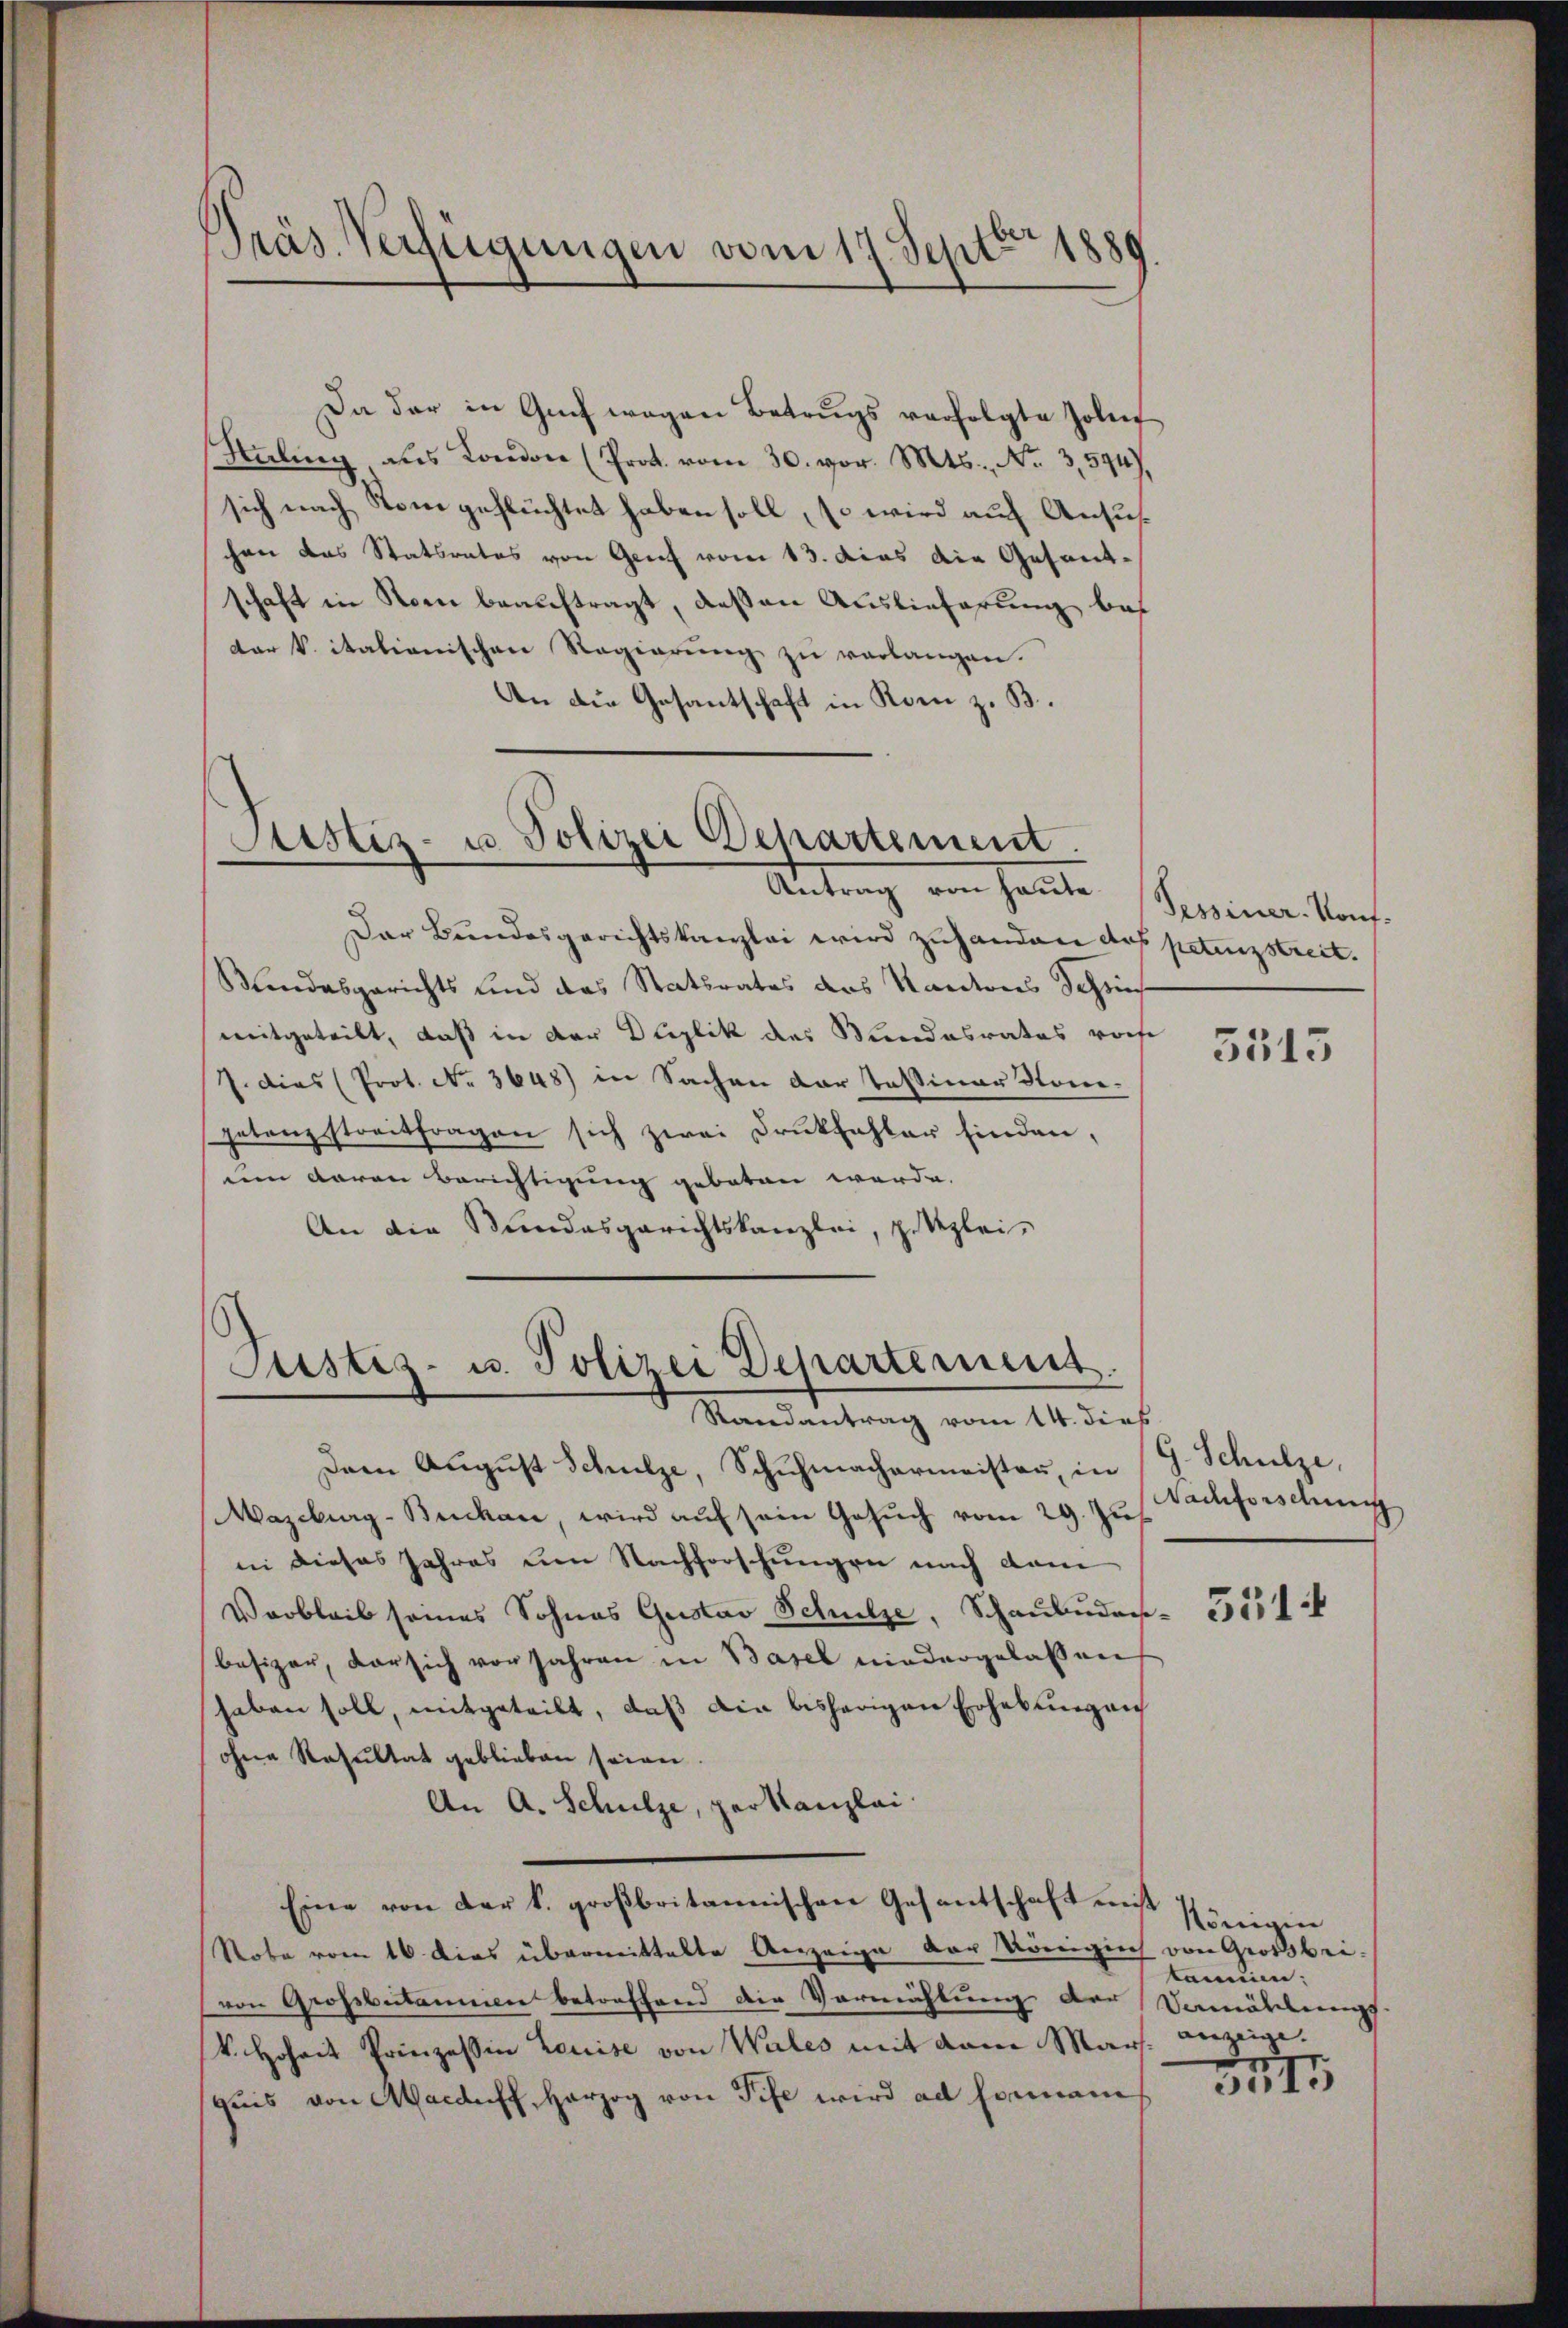
Da der in Guch wegen Betrugs verfolgte Zoliz
Haling, aus London (Prot. vom 30. vor. Mts., No. 3,594),
sich nach Rom geflüchtet haben soll, so wird auf Ansuchen das Statsrates von Genf vom 13. das die Gesandschaft in Rom beauftragt, deßen Auslieferung bes
dar v. italienischen Regierŭng zŭ verlangen.
An die Gesantschaft in Rom z. B.

Präs. Verfügungen vom 17. Septbr 1889

Justiz- u. Polizei Departement.
Antrag von heute

Der Bundesgerichtskanzlei wird zuhandere das petenzstreit.
Mandesgerichts und das Statsrates des Kantons Schries
mitgeteilt, daß in der Duplik des Mundesrates vorhe
J. dies (Prot. No. 3648) in Sachen der Teßiner Nomigetanzstreitfragen sich zwei Druckfehler finden,
um daran Berichtigung geboten werde.
An die Bundesgerichtskanzlei, z. Reglei-

Justiz- u. Polizei Departement.
Randantrag vom 14. dies

Dem August Schulze, Schuhmachermeister, in
Mazeburg-Buckau, wird auf sein Gesuch vom 29. Jus
in dieses Jahres um Nachforschungen nach dam
Verbleib seines Sohnes Gustav Schulze, Schaubudar-
besizer, der sich vor Jahren in Basel niedergelassen
haben soll, mitgeteilt, daß die bisherigen Erhebungen
ohne Resultat geblieben seien.
An A. Schulze, parkanzlei
Eine von der k. großbritannischen Gesantschaft mist
Sobe vom 16. dies übermittelte Anzeige der Königlich von Großbei-
von Großbutannien betreffend die Vermählung der Vamällungs
k. Hoheit Prinzessin Louise von Wales mit dem Mars. anzeige.
pris von Macdaff, Herzog von Tife wird ad hiermanis

Sessiner Kauf¬

5513

G. Schulze,
Nachforschung

5514

Königen
können:

3I